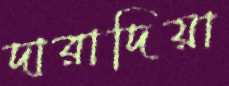
দারাদিয়া